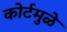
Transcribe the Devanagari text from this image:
कोर्टमुळे